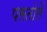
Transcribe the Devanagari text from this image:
पसतोलें